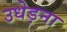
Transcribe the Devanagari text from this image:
उधेड़ना